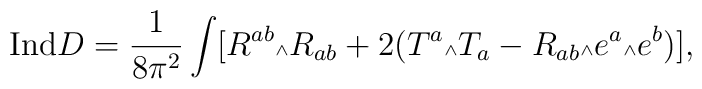
{\mbox {Ind}} D = \frac{1}{8\pi^2} \int [R^{ab} \mbox{\tiny $\wedge$} R_{ab} + 2 (T^a \mbox{\tiny $\wedge$} T_a - R_{ab} \mbox{\tiny $\wedge$} e^a \mbox{\tiny $\wedge$} e^b)],